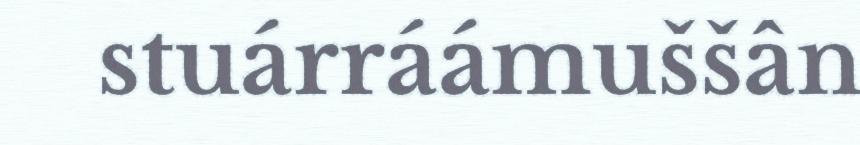
stuárráámuššân